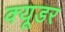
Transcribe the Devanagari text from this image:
क्यूडर